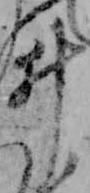
ゐ